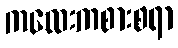
ကလေးကစားစရာ